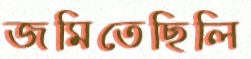
জমিতেছিলি